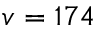
v = 1 7 4